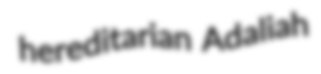
hereditarian Adaliah